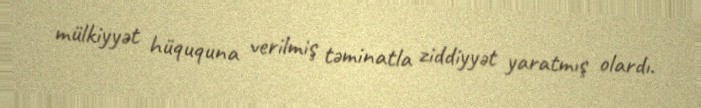
mülkiyyət hüququna verilmiş təminatla ziddiyyət yaratmış olardı.